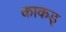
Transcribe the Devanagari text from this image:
काकड्